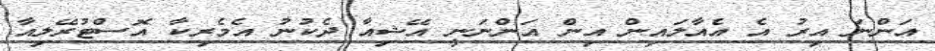
އަންނަ އިރު އެ އެއާލައިން އިން އަންނަނީ އޭޝިއާ ދެކުނު އެމެރިކާ އޮސްޓުރޭލިއާ